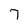
Character: 7